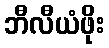
ဘီလီယံဖိုး